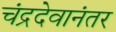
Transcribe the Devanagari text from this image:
चंद्रदेवानंतर